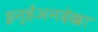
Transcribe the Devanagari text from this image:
इन्हेंअनदेखा